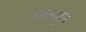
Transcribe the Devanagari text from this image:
कालवुन